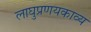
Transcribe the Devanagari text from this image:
लाघुप्रणयकाव्य